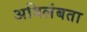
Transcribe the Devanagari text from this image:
अविलंबता